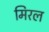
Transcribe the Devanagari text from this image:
मिरल